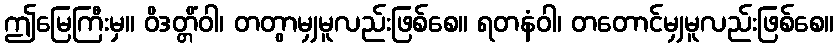
ဤမြေကြီးမှ။ ဝိဒတ္တိံဝါ၊ တတွာမျှမူလည်းဖြစ်စေ။ ရတနံဝါ၊ တတောင်မျှမူလည်းဖြစ်စေ။